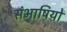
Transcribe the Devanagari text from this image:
संभाषियों